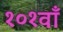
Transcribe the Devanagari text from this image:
१०१वाँ